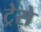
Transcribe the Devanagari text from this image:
ट्रेसे